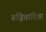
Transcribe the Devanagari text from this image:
रूढ्रिवादिता